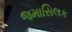
જમાસિલક